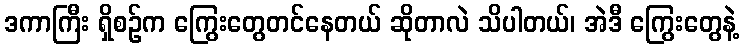
ဒကာကြီး ရှိစဉ်က ကြွေးတွေတင်နေတယ် ဆိုတာလဲ သိပါတယ်၊ အဲဒီ ကြွေးတွေနဲ့